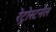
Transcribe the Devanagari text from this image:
रेट्रोस्टर्नल